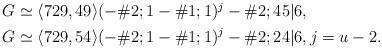
LaTeX: \begin{align*}\begin{aligned}G &\simeq\langle 729,49\rangle(-\#2;1-\#1;1)^j-\#2;45\vert 6,\\G &\simeq\langle 729,54\rangle(-\#2;1-\#1;1)^j-\#2;24\vert 6,j=u-2.\end{aligned}\end{align*}